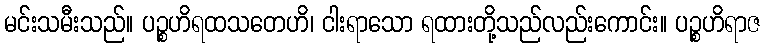
မင်းသမီးသည်။ ပဉ္စဟိရထသတေဟိ၊ ငါးရာသော ရထားတို့သည်လည်းကောင်း။ ပဉ္စဟိရာဇ